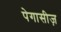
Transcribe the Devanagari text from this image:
पेगासीज़